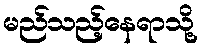
မည်သည့်နေရာသို့